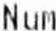
NUM